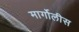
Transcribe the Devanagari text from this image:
मार्गोलीस